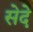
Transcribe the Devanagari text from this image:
सेदे